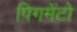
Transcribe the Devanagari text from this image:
पिगमेंटो